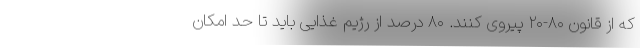
که از قانون ۸۰-۲۰ پیروی کنند. ۸۰ درصد از رژیم غذایی باید تا حد امکان